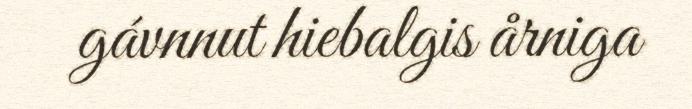
gávnnut hiebalgis årniga